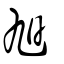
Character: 旭